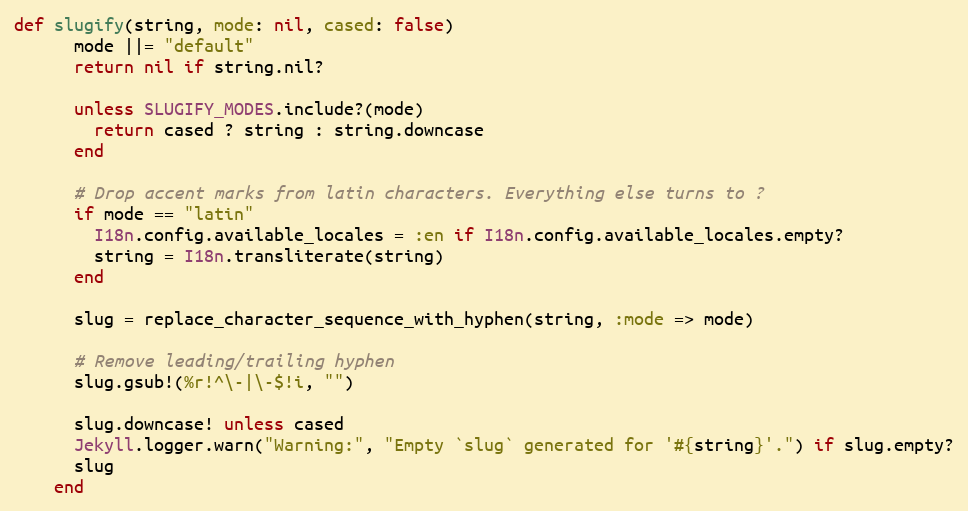
Language: Ruby
def slugify(string, mode: nil, cased: false)
      mode ||= "default"
      return nil if string.nil?

      unless SLUGIFY_MODES.include?(mode)
        return cased ? string : string.downcase
      end

      # Drop accent marks from latin characters. Everything else turns to ?
      if mode == "latin"
        I18n.config.available_locales = :en if I18n.config.available_locales.empty?
        string = I18n.transliterate(string)
      end

      slug = replace_character_sequence_with_hyphen(string, :mode => mode)

      # Remove leading/trailing hyphen
      slug.gsub!(%r!^\-|\-$!i, "")

      slug.downcase! unless cased
      Jekyll.logger.warn("Warning:", "Empty `slug` generated for '#{string}'.") if slug.empty?
      slug
    end